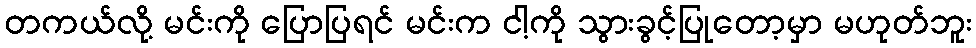
တကယ်လို့ မင်းကို ပြောပြရင် မင်းက ငါ့ကို သွားခွင့်ပြုတော့မှာ မဟုတ်ဘူး